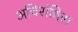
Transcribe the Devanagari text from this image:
अचिरांथिस